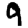
Digit: 9